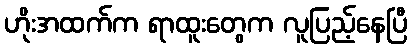
ဟိုးအထက်က ရာထူးတွေက လူပြည့်နေပြီ